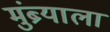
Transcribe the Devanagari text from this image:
मुंब्र्याला